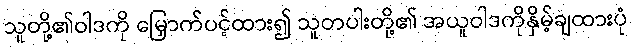
သူတို့၏ဝါဒကို မြှောက်ပင့်ထား၍ သူတပါးတို့၏ အယူဝါဒကိုနှိမ့်ချထားပုံ